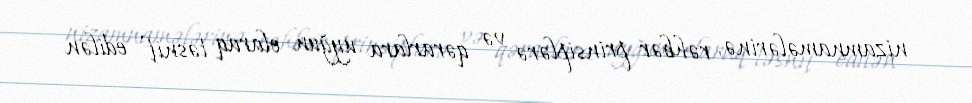
nizamnamələrinə, rəhbər prinsiplərə və qərarlara uyğun olaraq təsnif edilən